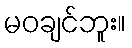
မဝချင်ဘူး။